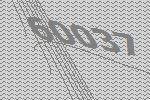
60037